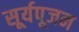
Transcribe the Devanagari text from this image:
सूर्यपूजन